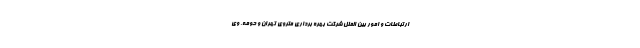
ارتباطات و امور بین الملل شرکت بهره برداری متروی تهران و حومه، وی